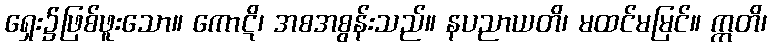
ရှေး၌ဖြစ်ဖူးသော။ ကောဋိ၊ အစအစွန်းသည်။ နပညာယတိ၊ မထင်မမြင်။ ဣတိ၊